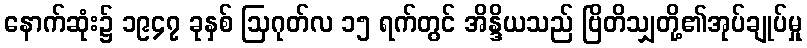
နောက်ဆုံး၌ ၁၉၄၇ ခုနှစ် ဩဂုတ်လ ၁၅ ရက်တွင် အိန္ဒိယသည် ဗြိတိသျှတို့၏အုပ်ချုပ်မှု